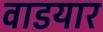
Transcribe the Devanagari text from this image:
वाडयार